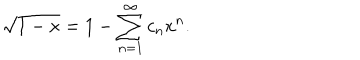
\sqrt { 1 - x } = 1 - \sum _ { n = 1 } ^ { \infty } c _ { n } x ^ { n } .